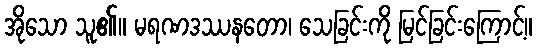
အိုသော သူ၏။ မရဏဒဿနတော၊ သေခြင်းကို မြင်ခြင်းကြောင့်။